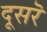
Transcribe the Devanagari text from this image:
दूसरॆ